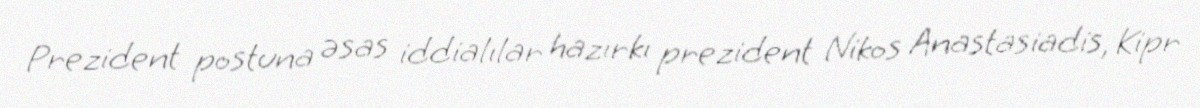
Prezident postuna əsas iddialılar hazırkı prezident Nikos Anastasiadis, Kipr